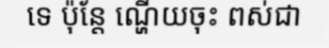
ទេ ប៉ុន្តែ ណ្ហើយចុះ ពស់ជា